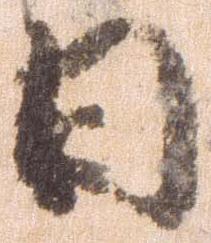
日